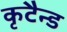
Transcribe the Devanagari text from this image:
कृटैन्ड